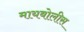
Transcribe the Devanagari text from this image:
मायबोलीस